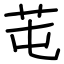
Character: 芚